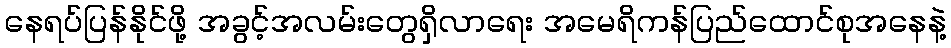
နေရပ်ပြန်နိုင်ဖို့ အခွင့်အလမ်းတွေရှိလာရေး အမေရိကန်ပြည်ထောင်စုအနေနဲ့